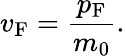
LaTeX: v_{\mathrm{F}}={\frac{p_{\mathrm{F}}}{m_{0}}}.